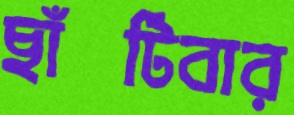
ছাঁটিবার